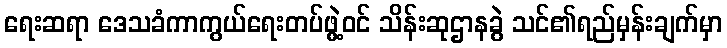
ရေးဆရာ ဒေသခံကာကွယ်ရေးတပ်ဖွဲ့ဝင် သိန်းဆုဌာနခွဲ သင်၏ရည်မှန်းချက်မှာ